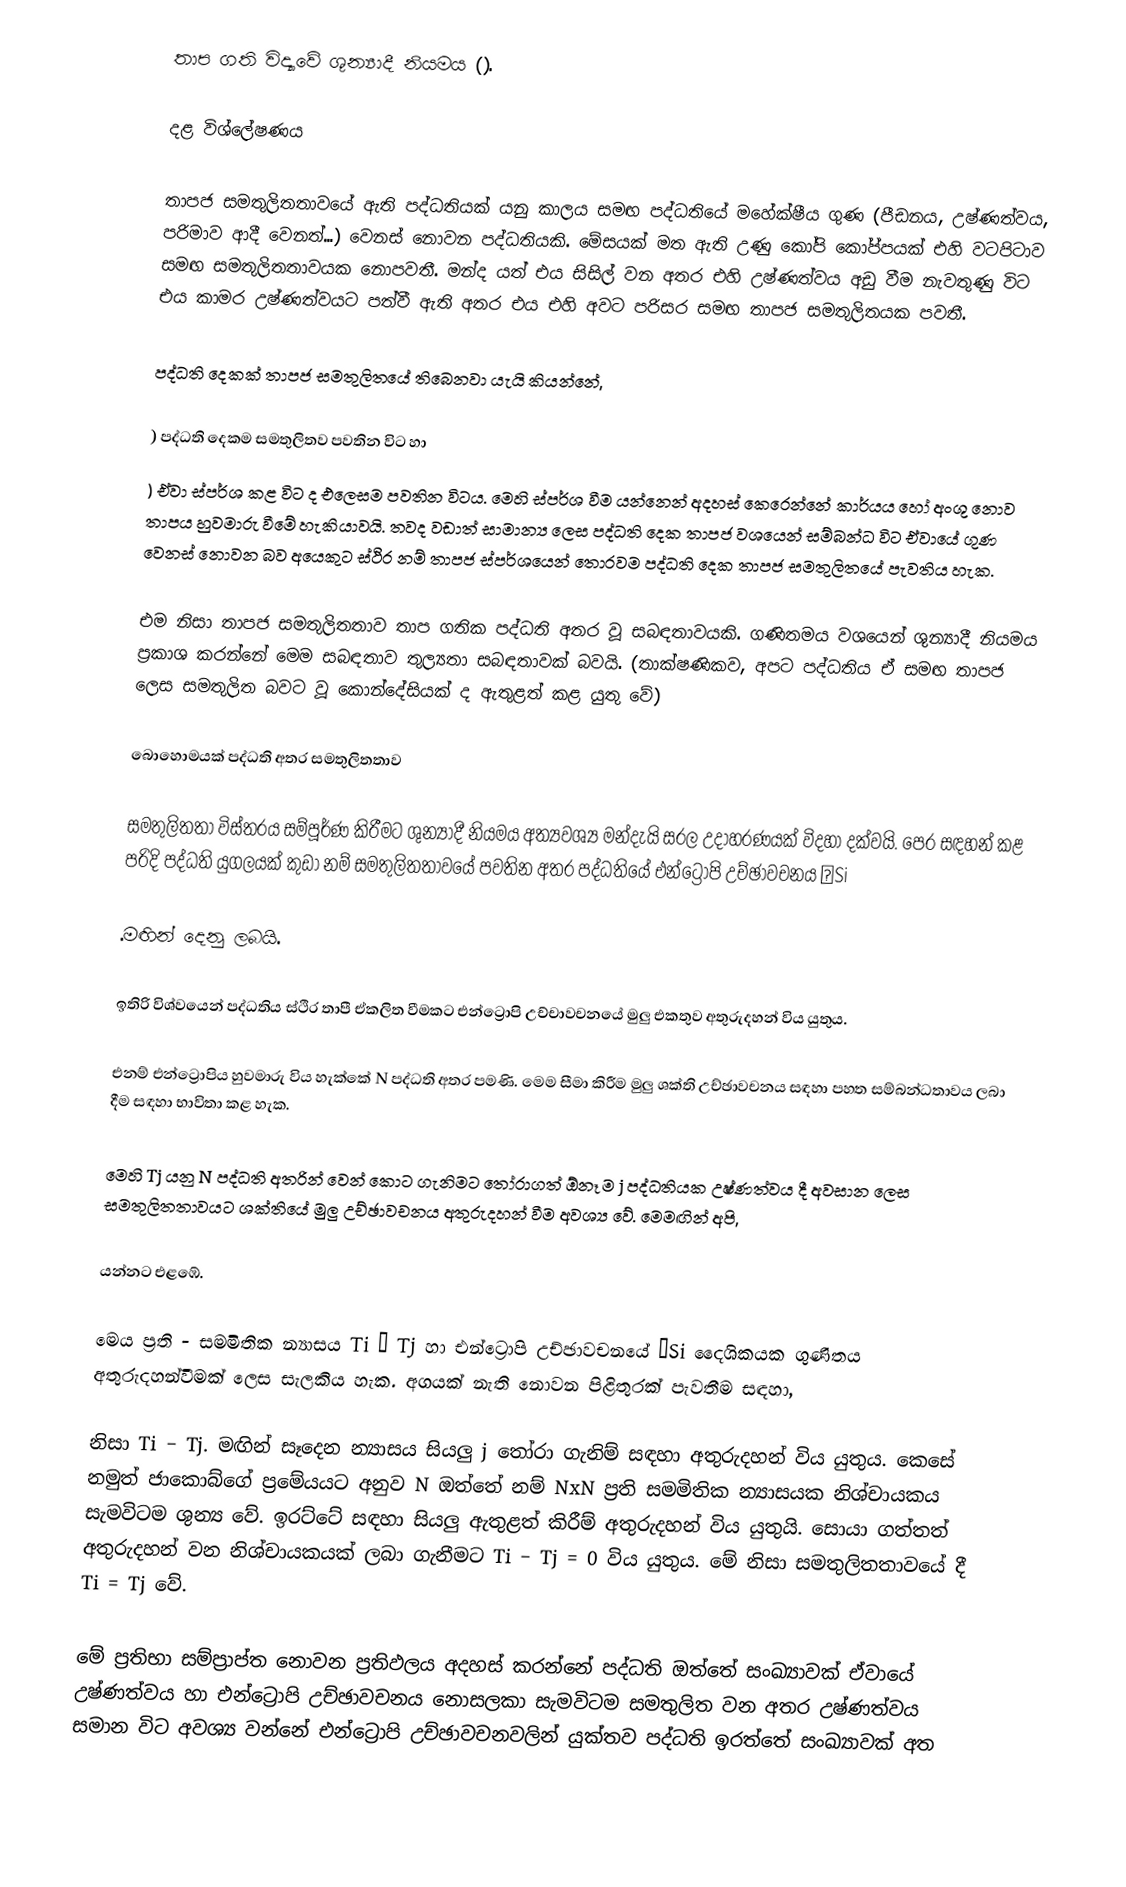
තාප ගති විද්‍යාවේ ශුන්‍යාදී නියමය ().

දළ විශ්ලේෂණය

තාපජ සමතුලිතතාවයේ ඇති පද්ධතියක් යනු කාලය සමඟ පද්ධතියේ මහේක්ෂීය ගුණ (පීඩනය, උෂ්ණත්වය, පරිමාව ආදී වෙනත්...) වෙනස් නොවන පද්ධතියකි. මේසයක් මත ඇති උණු කෝපි කෝප්පයක් එහි වටපිටාව සමඟ සමතුලිතතාවයක නොපවතී. මන්ද යත් එය සිසිල් වන අතර එහි උෂ්ණත්වය අඩු වීම නැවතුණු විට එය කාමර උෂ්ණත්වයට පත්වී ඇති අතර එය එහි අවට පරිසර සමඟ තාපජ සමතුලිතයක පවතී.

පද්ධති දෙකක් තාපජ සමතුලිතයේ තිබෙනවා යැයි කියන්නේ,

) පද්ධති දෙකම සමතුලිතව පවතින විට හා
) ඒවා ස්පර්ශ කළ විට ද එලෙසම පවතින විටය. මෙහි ස්පර්ශ වීම යන්නෙන් අදහස් කෙරෙන්නේ කාර්යය හෝ අංශු නොව තාපය හුවමාරු වීමේ හැකියාවයි. තවද වඩාත් සාමාන්‍ය ලෙස පද්ධති දෙක තාපජ වශයෙන් සම්බන්ධ විට ඒවායේ ගුණ වෙනස් නොවන බව අයෙකුට ස්ථිර නම් තාපජ ස්පර්ශයෙන් තොරවම පද්ධති දෙක තාපජ සමතුලිතයේ පැවතිය හැක.

එම නිසා තාපජ සමතුලිතතාව තාප ගතික පද්ධති අතර වූ සබඳතාවයකි. ගණිතමය වශයෙන් ශුන්‍යාදී නියමය ප්‍රකාශ කරන්නේ මෙම සබඳතාව තුල්‍යතා සබඳතාවක් බවයි. (තාක්ෂණිකව, අපට පද්ධතිය ඒ සමඟ තාපජ ලෙස සමතුලිත බවට වූ කොන්දේසියක් ද ඇතුළත් කළ යුතු වේ)

බොහොමයක් පද්ධති අතර සමතුලිතතාව

සමතුලිතතා විස්තරය සම්පූර්ණ කිරීමට ශුන්‍යාදී නියමය අත්‍යවශ්‍ය මන්දැයි සරල උදාහරණයක් විදහා දක්වයි. පෙර සඳහන් කළ පරිදි පද්ධති යුගලයක් කුඩා  නම් සමතුලිතතාවයේ පවතින අතර පද්ධතියේ එන්ට්‍රොපි උච්ඡාවචනය δSi

.මඟින් දෙනු ලබයි.

ඉතිරි විශ්වයෙන් පද්ධතිය ස්ථිර තාපී ඒකලිත වීමකට එන්ට්‍රොපි උච්චාවචනයේ මුලු එකතුව අතුරුදහන් විය යුතුය.

එනම් එ‍න්ට්‍රොපිය හුවමාරු විය හැක්කේ N පද්ධති අතර පමණි. මෙම සීමා කිරීම මුලු ශක්ති උච්ඡාවචනය සඳහා පහත සම්බන්ධතාවය ලබා දීම සඳහා භාවිතා කළ හැක.

මෙහි Tj යනු N  පද්ධති අතරින් වෙන් කොට ගැනිමට තෝරාගත් ඕනෑම j පද්ධතියක උෂ්ණත්වය දී අවසාන ලෙස සමතුලිතතාවයට ශක්තියේ මුලු උච්ඡාවචනය අතුරුදහන් වීම අවශ්‍ය වේ. මෙමඟින් අපි,

යන්නට එළඹේ.

මෙය ප්‍රති - සමමිතික න්‍යාසය Ti − Tj  හා එන්ට්‍රොපි උච්ඡාවචනයේ δSi දෛශිකයක ගුණිතය අතුරුදහන්වීමක් ලෙස සැලකිය හැක. අගයක් නැති නොවන පිළිතුරක් පැවතීම සඳහා,

නිසා Ti − Tj.    මඟින් සෑදෙන න්‍යාසය සියලු j තෝරා ගැනිම් සඳහා අතුරුදහන් විය යුතුය. කෙසේ නමුත් ජාකොබ්ගේ ප්‍රමේයයට අනුව N  ඔත්තේ නම් NxN  ප්‍රති සමමිතික න්‍යාසයක නිශ්චායකය සැමවිටම ශුන්‍ය වේ. ඉරට්ටේ සඳහා සියලු ඇතුළත් කිරීම් අතුරුදහන් විය යුතුයි. සොයා ගත්තත් අතුරුදහන් වන නිශ්චායකයක් ලබා ගැනීමට Ti − Tj = 0 විය යුතුය. මේ නිසා සමතුලිතතාවයේ දී Ti = Tj වේ.

මේ ප්‍රතිභා සම්ප්‍රාප්ත නොවන ප්‍රතිඵලය අදහස් කරන්නේ පද්ධති ඔත්තේ සංඛ්‍යාවක් ඒවායේ උෂ්ණත්වය හා එන්ට්‍රොපි උච්ඡාවචනය නොසලකා සැමවිටම සමතුලිත වන අතර උෂ්ණත්වය සමාන විට අවශ්‍ය වන්නේ එන්ට්‍රොපි උච්ඡාවචනවලින් යුක්තව පද්ධති ඉරත්තේ සංඛ්‍යාවක් අත